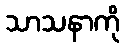
သာသနာကို